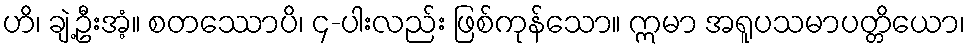
ဟိ၊ ချဲ့ဦးအံ့။ စတဿောပိ၊ ၄-ပါးလည်း ဖြစ်ကုန်သော။ ဣမာ အရူပသမာပတ္တိယော၊